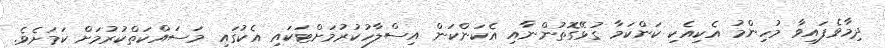
ދިމާވެފައިވާ މުހިންމު އެކިއެކި ކަންކަމާ ގުޅޭގޮތުންނާއި އެކަންކަން އިސްލާހުކުރުމަށްޓަކައި އެކުގައި މަސައްކަތްކުރުމަށް ކަމަށެވެ.